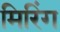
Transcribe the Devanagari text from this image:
मिरिंग